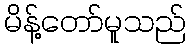
မိန့်တော်မူသည်